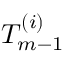
T _ { m - 1 } ^ { ( i ) }